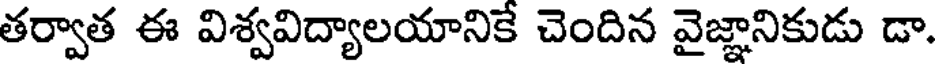
తర్వాత ఈ విశ్వవిద్యాలయానికే చెందిన వైజ్ఞానికుడు డా.